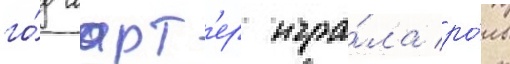
го́д ларт'ер игра́ла ро́ль